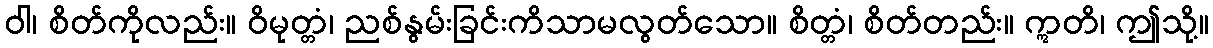
ဝါ၊ စိတ်ကိုလည်း။ ဝိမုတ္တံ၊ ညစ်နွမ်းခြင်းကိသာမလွတ်သော။ စိတ္တံ၊ စိတ်တည်း။ ဣတိ၊ ဤသို့။